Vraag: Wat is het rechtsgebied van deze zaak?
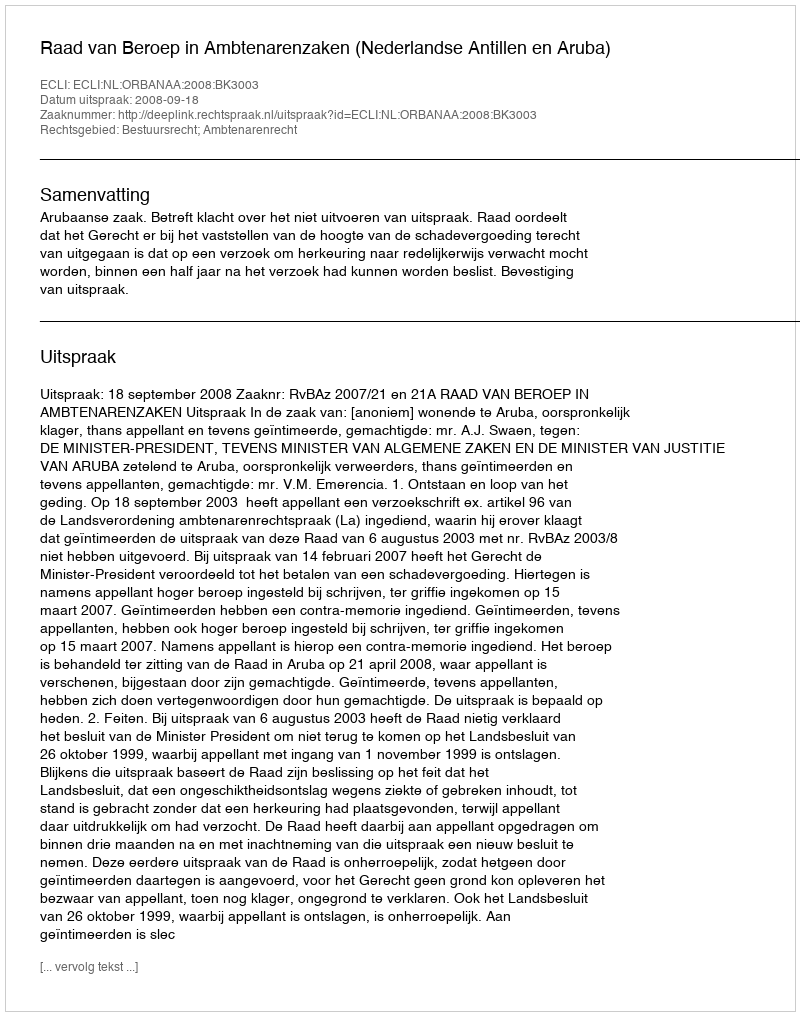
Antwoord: Bestuursrecht; Ambtenarenrecht